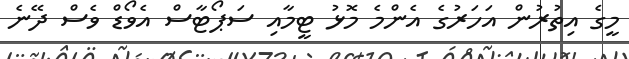
މީގެ އިތުރުން އަހަރުގެ އެންމެ މޮޅު ޓީމާއި ސަޕޯޓާސް އެވޯޑް ވެސް ދޭނެ